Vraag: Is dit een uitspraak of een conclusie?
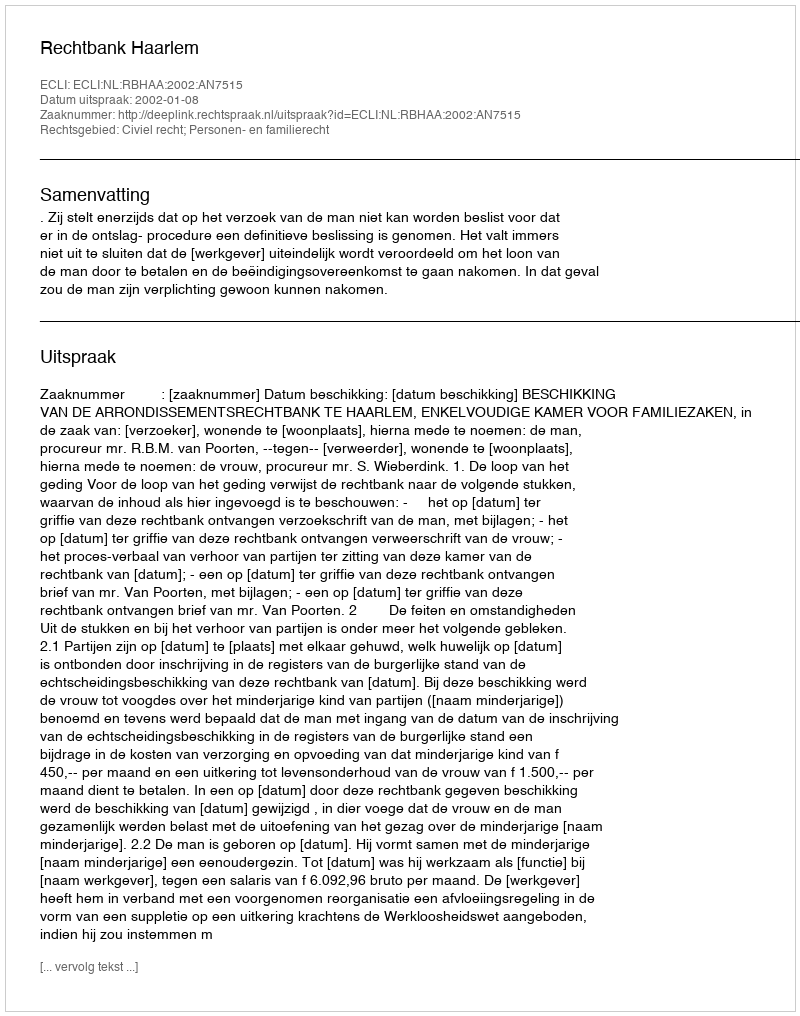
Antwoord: Uitspraak